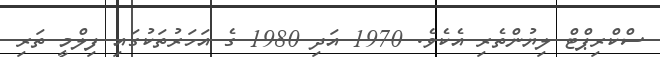
ސްކްރިޕްޓް ލިޔުންތެރި އެކެވެ. 1970 އަދި 1980 ގެ އަހަރުތަކުގައި ފިލްމީ ތަރި